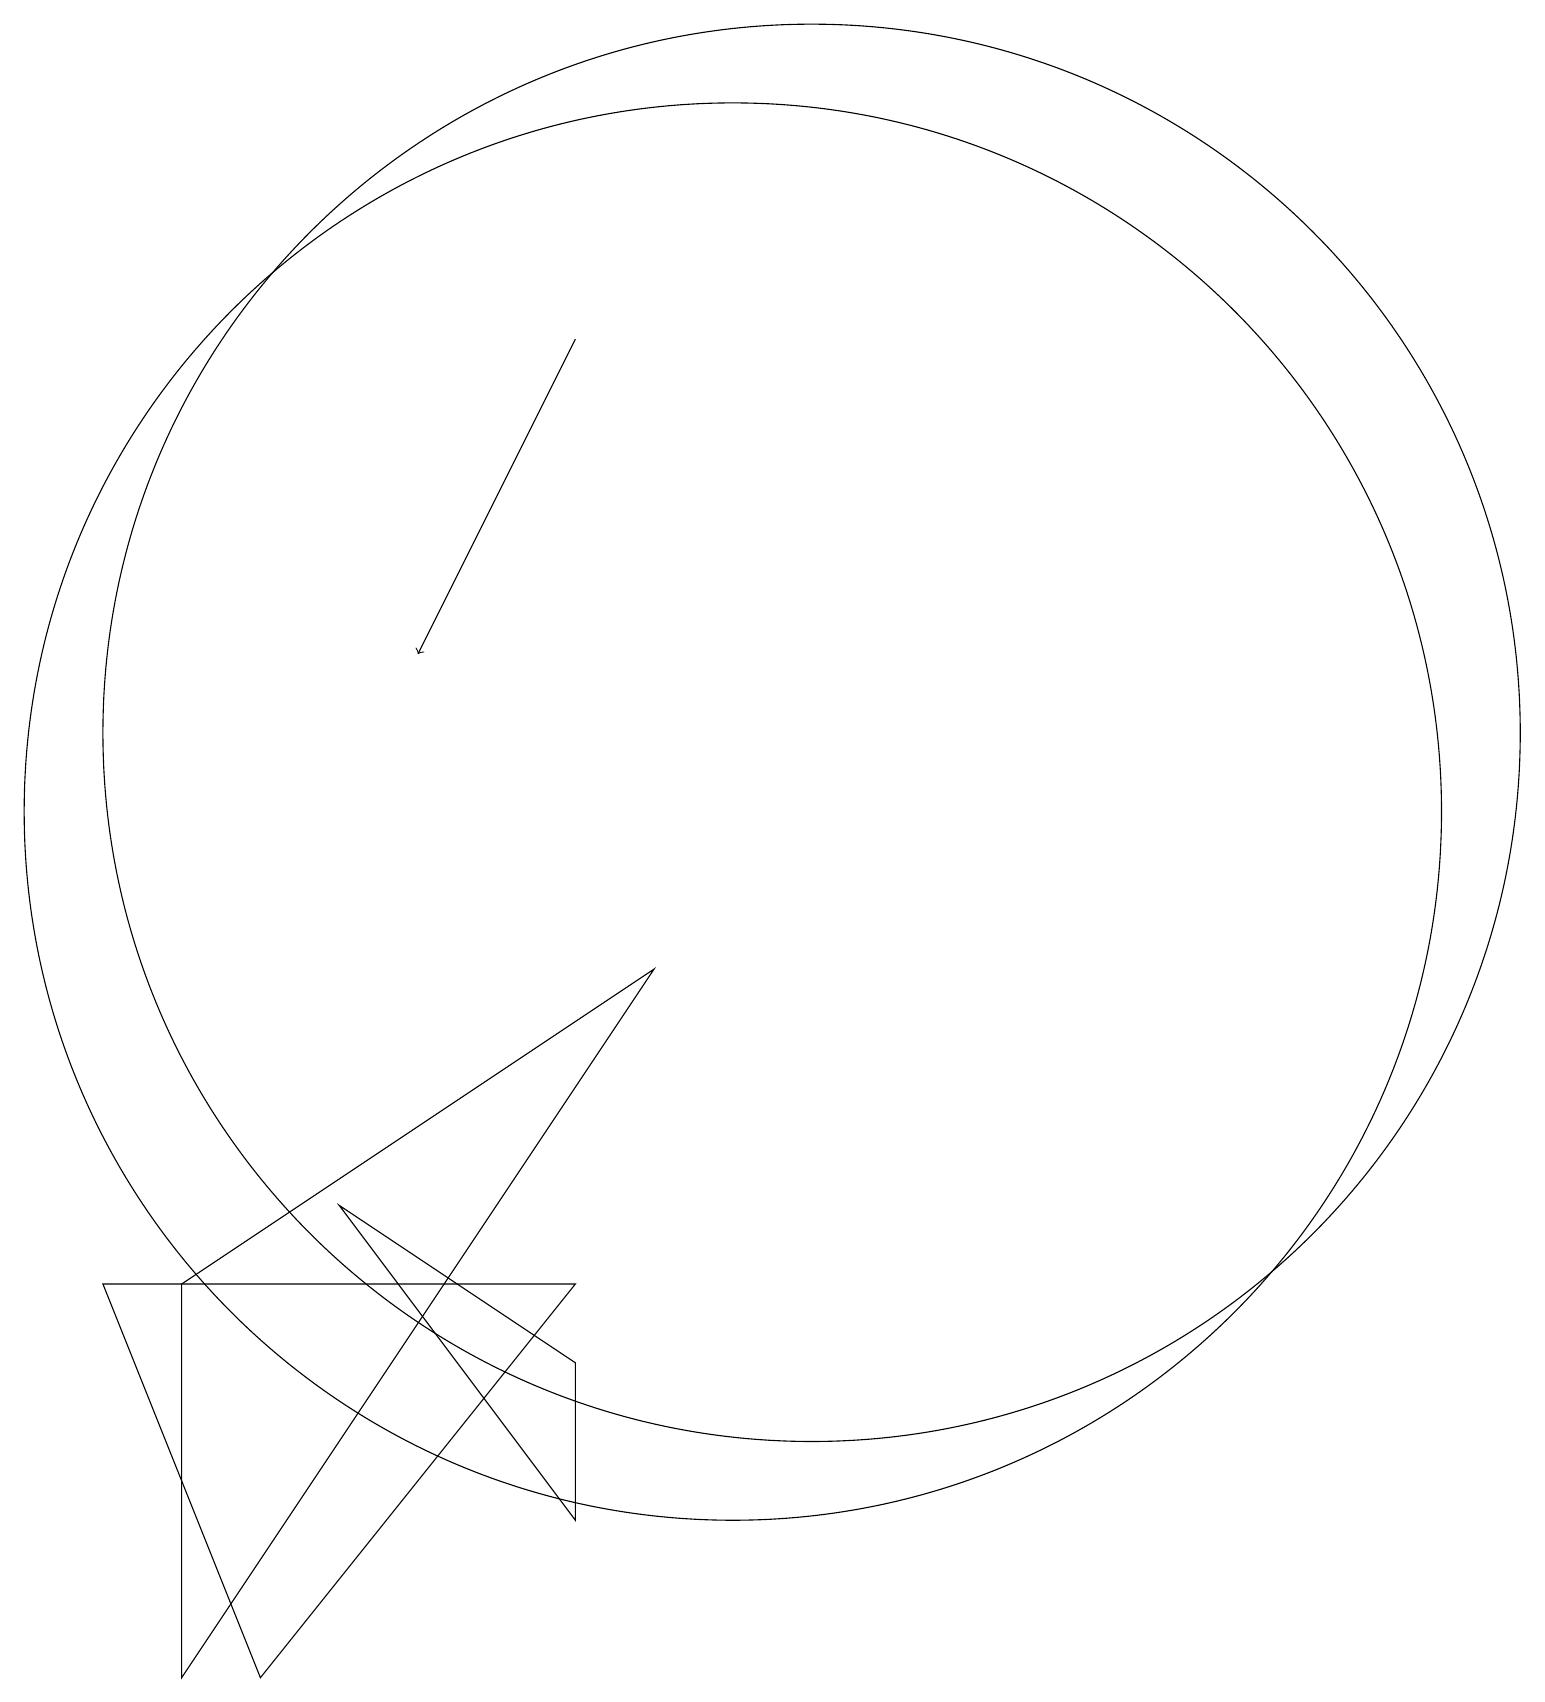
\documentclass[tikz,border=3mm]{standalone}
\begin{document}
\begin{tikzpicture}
\draw[->] (8,17) -- (6,13);
\draw (3,0) -- (3,5) -- (9,9) -- cycle;
\draw (4,0) -- (8,5) -- (2,5) -- cycle;
\draw (11,12) circle (9);
\draw (5,6) -- (8,2) -- (8,4) -- cycle;
\draw (10,11) circle (9);
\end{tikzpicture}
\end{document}